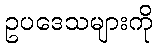
ဥပဒေသများကို